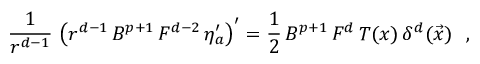
\frac { 1 } { r ^ { d - 1 } } \, \left( r ^ { d - 1 } \, B ^ { p + 1 } \, F ^ { d - 2 } \, \eta _ { a } ^ { \prime } \right) ^ { \prime } = \frac { 1 } { 2 } \, B ^ { p + 1 } \, F ^ { d } \, T ( x ) \, \delta ^ { d } ( \vec { x } ) ~ ~ ,